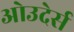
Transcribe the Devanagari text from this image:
ओउदेर्स